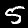
Label: 5